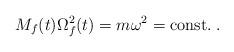
LaTeX: \begin{align*}M_f(t) \Omega_f^2 (t)= m \omega^2 = {\rm const.}\;. \end{align*}